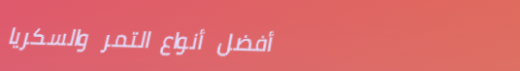
أفضل أنواع التمر والسكريا